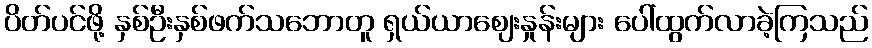
ပိတ်ပင်ဖို့ နှစ်ဦးနှစ်ဖက်သဘောတူ ရှယ်ယာဈေးနှုန်းများ ပေါ်ထွက်လာခဲ့ကြသည်